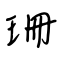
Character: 珊